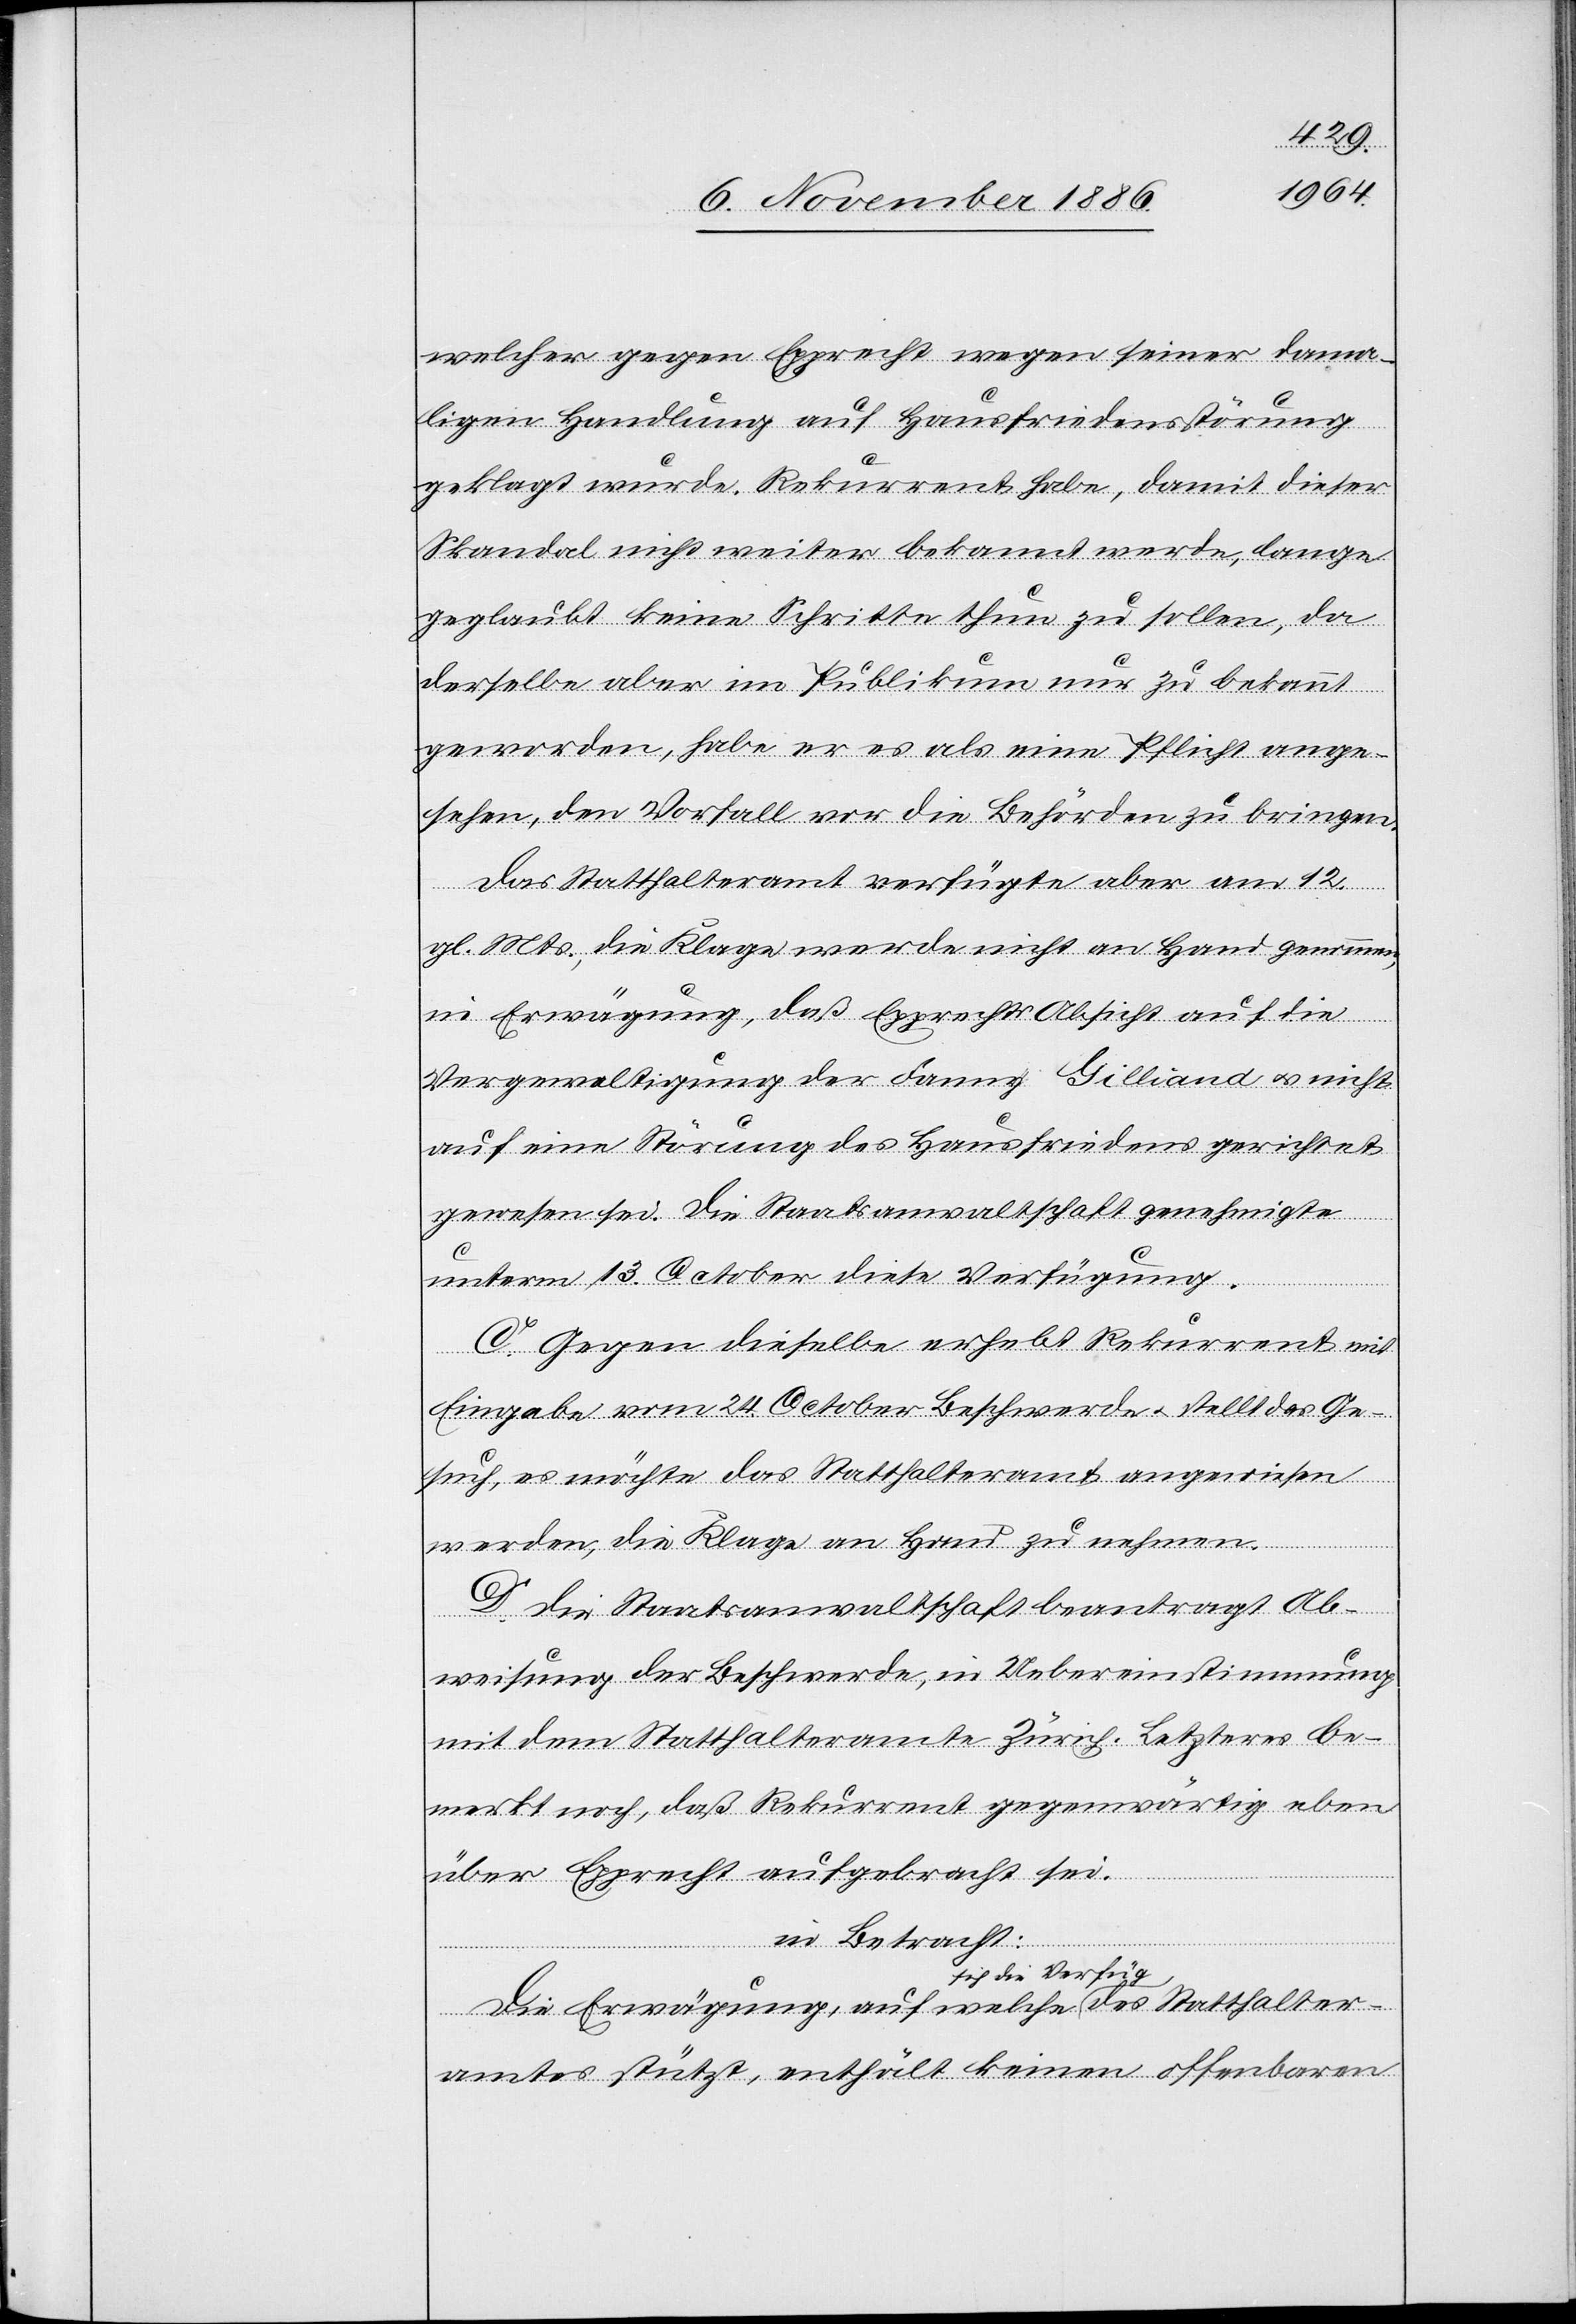
welcher gegen Epprecht wegen seiner dama¬
ligen Handlung auf Hausfriedensstörung
geklagt wurde. Rekurrent habe, damit dieser
Skandal nicht weiter bekannt werde, lange
geglaubt keine Schritte thun zu sollen, da
derselbe aber im Publikum nur zu bekannt
geworden, habe er es als eine Pflicht ange¬
sehen, den Vorfall vor die Behörden zu bringen.
Das Statthalteramt verfügte aber am 12.
gl. Mts., die Klage werde nicht an Hand genommen,
in Erwägung, daß Epprechts Absicht auf die
Vergewaltigung der Fanny Gilliand & nicht
auf eine Störung des Hausfriedens gerichtet
gewesen sei. Die Staatsanwaltschaft genehmigte
unterm 13. October diese Verfügung.
des Statthalter¬
C. Gegen dieselbe erhebt Rekurrent mit
Eingabe vom 24. October Beschwerde & stellt das Ge¬
such, es möchte das Statthalteramt angewiesen
werde, die Klage an Hand zu nehmen.
D. Die Staatsanwaltschaft beantragt Ab¬
weisung der Beschwerde, in Uebereinstimmung
mit dem Statthalteramte Zürich. Letzteres be¬
merkt noch, daß Rekurrent gegenwärtig eben
über Epprecht aufgebracht sei.
in Betracht:
sich die Verfüg.
amtes stützt, enthält keinen offenbaren